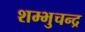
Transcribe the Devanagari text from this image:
शम्भुचन्द्र